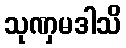
သုဏှမဒါသိ